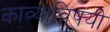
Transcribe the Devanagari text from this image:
काव्याविषयी